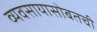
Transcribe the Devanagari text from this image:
व्यवसायासोबतची